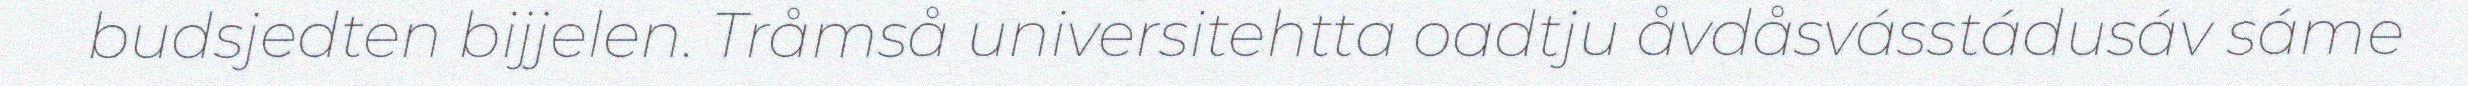
budsjedten bijjelen. Tråmså universitehtta oadtju åvdåsvásstádusáv sáme